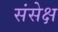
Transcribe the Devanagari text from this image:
संसेक्ष